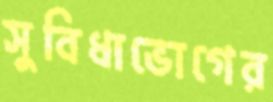
সুবিধাভোগের